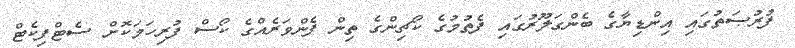
ފުރުޞަތުގައި އިންޑިޔާގެ ބެންގަލޫރުގައި ފެތުމުގެ ކޯޗިންގެ ތިން ފެންވަރެއްގެ ކޯސް ފުރިހަމަކޮށް ސެޓްފިކެޓް